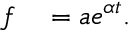
\begin{array} { r l } { f } & { { } = a e ^ { \alpha t } . } \end{array}